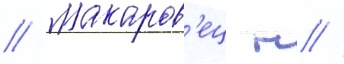
// Макаров'ец н //